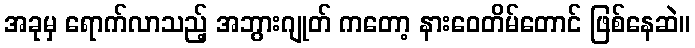
အခုမှ ရောက်လာသည့် အဘွားဂျုတ် ကတော့ နားဝေတိမ်တောင် ဖြစ်နေဆဲ။